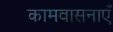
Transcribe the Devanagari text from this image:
कामवासनाएँ